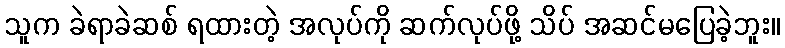
သူက ခဲရာခဲဆစ် ရထားတဲ့ အလုပ်ကို ဆက်လုပ်ဖို့ သိပ် အဆင်မပြေခဲ့ဘူး။